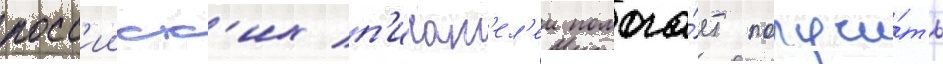
росс'ииск'их п'исат'ел'еи помога́ет получи́ть